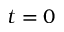
t = 0